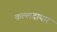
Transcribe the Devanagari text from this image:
कल्लदायार